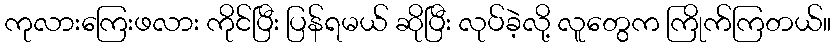
ကုလားကြေးဖလား ကိုင်ပြီး ပြန်ရမယ် ဆိုပြီး လုပ်ခဲ့လို့ လူတွေက ကြိုက်ကြတယ်။